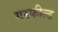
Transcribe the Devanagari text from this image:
गरफील्ड